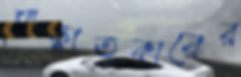
সাক্ষাতকারের